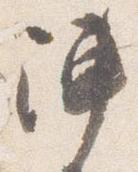
陣